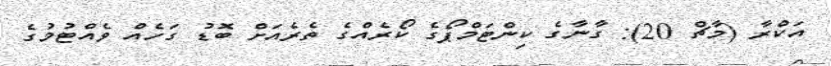
އަކްރާ (މާޗް 20): ގާނާގެ ކިންޓަމްޕޯގެ ކޯރެއްގެ ތެރެއަށް ބޮޑު ގަހެއް ވެއްޓުމުގެ